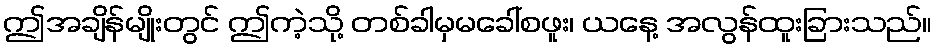
ဤအချိန်မျိုးတွင် ဤကဲ့သို့ တစ်ခါမှမခေါ်စဖူး၊ ယနေ့ အလွန်ထူးခြားသည်။